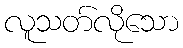
လူသတ်လိုသော